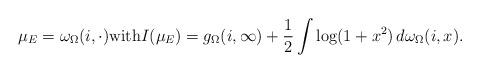
LaTeX: \begin{align*}\mu_E = \omega_{\Omega}(i,\cdot) \mbox{with} I(\mu_E) = g_{\Omega}(i,\infty) + \frac{1}{2} \int \log(1+x^2)\,d\omega_{\Omega}(i,x).\end{align*}